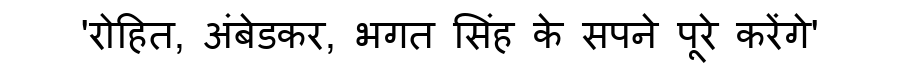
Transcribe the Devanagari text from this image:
'रोहित, अंबेडकर, भगत सिंह के सपने पूरे करेंगे'